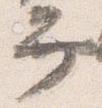
弁